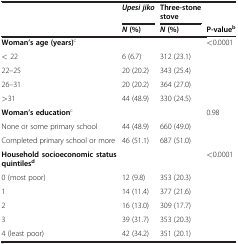
|  | Upesi jiko | Three-stone stove |  |
 |  | N(%) | N(%) | P-valueb |
 | --- | --- | --- | --- |
 | Woman’s age (years)c |  |  | <0.0001 |
 | < 22 | 6 (6.7) | 312 (23.1) |  |
 | 22–25 | 20 (20.2) | 343 (25.4) |  |
 | 26–31 | 20 (20.2) | 364 (27.0) |  |
 | >31 | 44 (48.9) | 330 (24.5) |  |
 | Woman’s educationc |  |  | 0.98 |
 | None or some primary school | 44 (48.9) | 660 (49.0) |  |
 | Completed primary school or more | 46 (51.1) | 687 (51.0) |  |
 | Household socioeconomic status quintilesd |  |  | <0.0001 |
 | 0 (most poor) | 12 (9.8) | 353 (20.3) |  |
 | 1 | 14 (11.4) | 377 (21.6) |  |
 | 2 | 16 (13.0) | 309 (17.7) |  |
 | 3 | 39 (31.7) | 353 (20.3) |  |
 | 4 (least poor) | 42 (34.2) | 351 (20.1) |  |